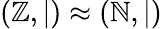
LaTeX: (\mathbb{Z},|)\approx(\mathbb{N},|)